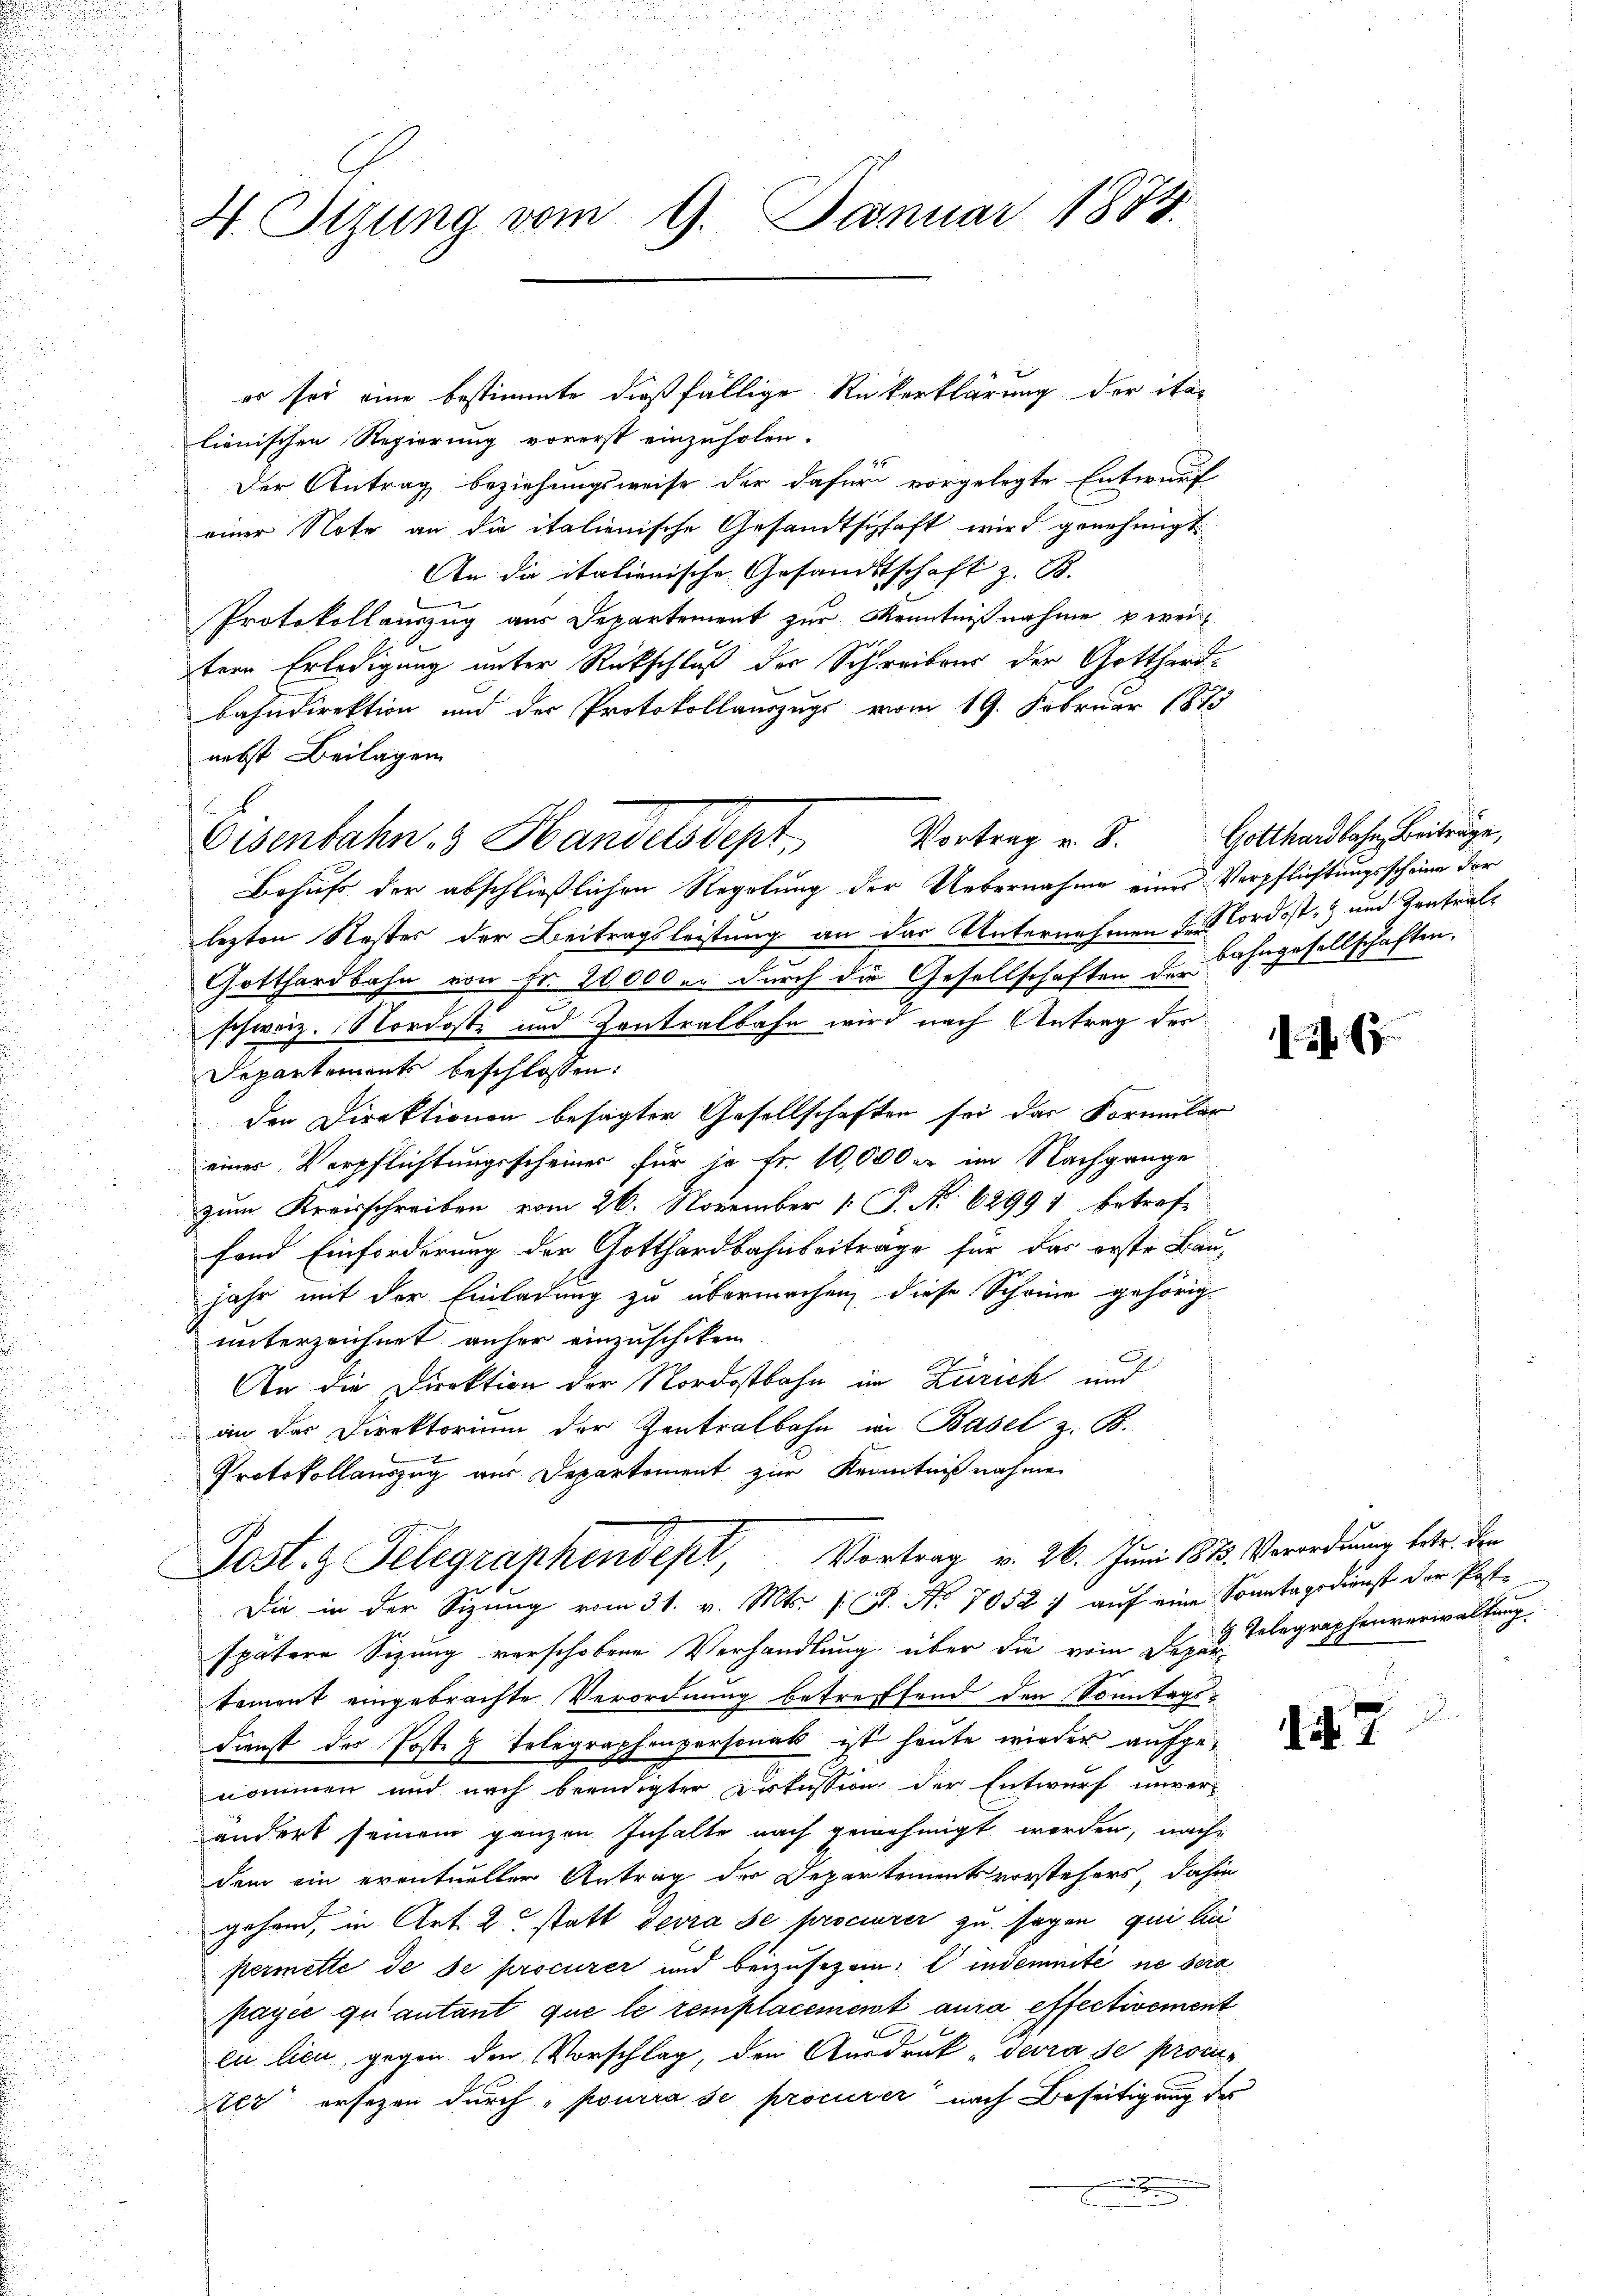
4. Sizung vom 9. Januar 1884.

es sei eine bestimmte dießfällige Rückerklärung der italienischen Regierung vorerst einzuholen.
Der Antrag beziehungsweise der dafür vorgelegte Entwurf
einer Note an die italienische Gesandtschaft wird genehmigt.
An die italienische Gesandtschaft z. B.
Protokollauszug aus Departement zur Kenntnißnahme zweitern Erledigung unter Rückschluß der Schreibens der Gotthard-
bahndirektion und der Protokollauszugs vom 19. Februar 1873
nebst Beilagen
Eisenbahn 3 Handelsdept
Behufs der abschließlichen Regelung der Uebernahme eines Verpflichtungsscheine der
lezten Koster der Beitragsleistung an das Unternehmen der ordost- und Kontral¬
Gotthardbahn von Fr. 10000 u. durch die Gesellschaften der Bahngesellschaften.
schweiz. Nordost und Contralbahn wird nach Antrag der
Departements beschlossen:
den Direktionen besagter Gesellschaften sei das Formular
einer Verpflichtungsscheiner für je fr. 10,000 x im Nachgange
zum Kreisschreiben vom 26. November [ P. No 62991 betref-
fand Einforderung der Gotthardbahnbeitrage für das erste Baujahr mit der Einladung zu übermachen, diese Scheine gehörig
unterzeichnet anher einzuschiken
.
An die Direktion der Nordostbahn im Zürich und
an der Direktorium der Zentralbahn in Basel z. B.
E
Protokollauszug aus Departement zur Kenntnißnahmen
Post.  Telegraphendepl, Vortrag v. 26. Juni 1813. Verordnung betr. den
Die in der Sizung vom 31. v. Mts. (: St. No 1052 : auf eine Sonntagsdienst der Post-
spätere Sizung verschobene Verhandlung über die vom Dazu begraphenverwaltung.
tament eingebrachte Verordnung betreffend den Sonntags-
Dienst des Posten Telegraphenpersonat ist heute wieder aufgenommen und nach beendigter Diskussion der Entwurf unver-
ändert seinem ganzen Inhalte nach genehmigt worden, nach
dem ein eventueller Antrag der Departementsvorstehers, dahin
gehend, in Art. 2 statt devra se procurer zu sagen qui lin
permette de de procurer und beizusezen. Eindemnité ne sera
payée quantant que le templacement aura effectivement
eu lieu, gegen den Vorschlag, den Ausdruck devra se proc
ter ersezen durch „pourra se procurer nach Beseitigung des

Vortrag v. 8.

Gotthardbahn, Beiträge,

15

it